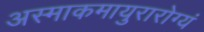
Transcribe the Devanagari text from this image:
अस्माकमायुरारोग्यं